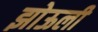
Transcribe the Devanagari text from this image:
झोऊली